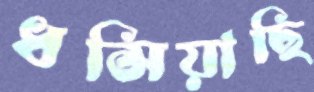
ধসিয়াছি